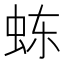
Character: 𬟽